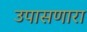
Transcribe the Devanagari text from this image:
उपासणारा